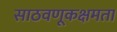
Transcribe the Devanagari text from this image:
साठवणूकक्षमता